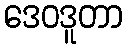
ဒေဝဒူတာ